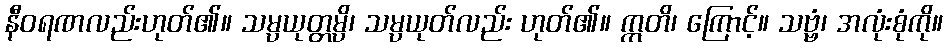
နီဝရဏလည်းဟုတ်၏။ သမ္ပယုတ္တမ္ပိ၊ သမ္ပယုတ်လည်း ဟုတ်၏။ ဣတိ၊ ကြောင့်။ သဗ္ဗံ၊ အလုံးစုံကို။